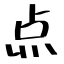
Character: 点